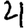
Digit: 4